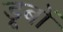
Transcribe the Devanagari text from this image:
डूबों